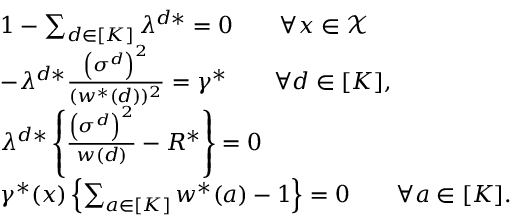
\begin{array} { r l } & { 1 - \sum _ { d \in [ K ] } \lambda ^ { d * } = 0 \qquad \forall x \in \mathcal { X } } \\ & { - \lambda ^ { d * } \frac { \left( \sigma ^ { d } \right) ^ { 2 } } { ( w ^ { * } ( d ) ) ^ { 2 } } = \gamma ^ { * } \qquad \forall d \in [ K ] , } \\ & { \lambda ^ { d * } \left\{ \frac { \left( \sigma ^ { d } \right) ^ { 2 } } { w ( d ) } - R ^ { * } \right\} = 0 } \\ & { \gamma ^ { * } ( x ) \left\{ \sum _ { a \in [ K ] } w ^ { * } ( a ) - 1 \right\} = 0 \qquad \forall a \in [ K ] . } \end{array}